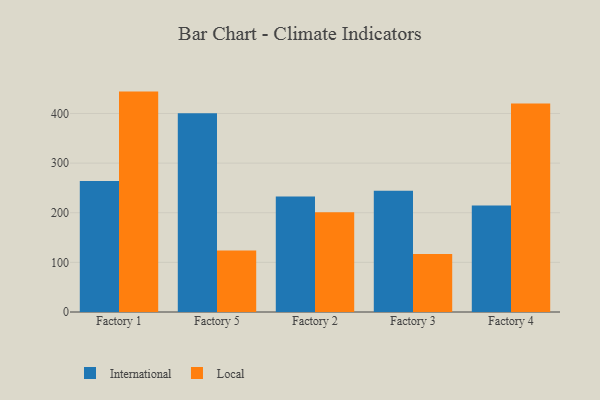
{"axis": {"x": "Factory", "y": "Inventory Turnover"}, "legend": ["International", "Local"], "data": [{"x": "Factory 1", "y": 263.8, "type": "International"}, {"x": "Factory 1", "y": 444.1, "type": "Local"}, {"x": "Factory 5", "y": 400.4, "type": "International"}, {"x": "Factory 5", "y": 123.8, "type": "Local"}, {"x": "Factory 2", "y": 232.6, "type": "International"}, {"x": "Factory 2", "y": 201.0, "type": "Local"}, {"x": "Factory 3", "y": 244.4, "type": "International"}, {"x": "Factory 3", "y": 117.1, "type": "Local"}, {"x": "Factory 4", "y": 214.8, "type": "International"}, {"x": "Factory 4", "y": 419.9, "type": "Local"}]}